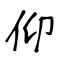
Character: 仰